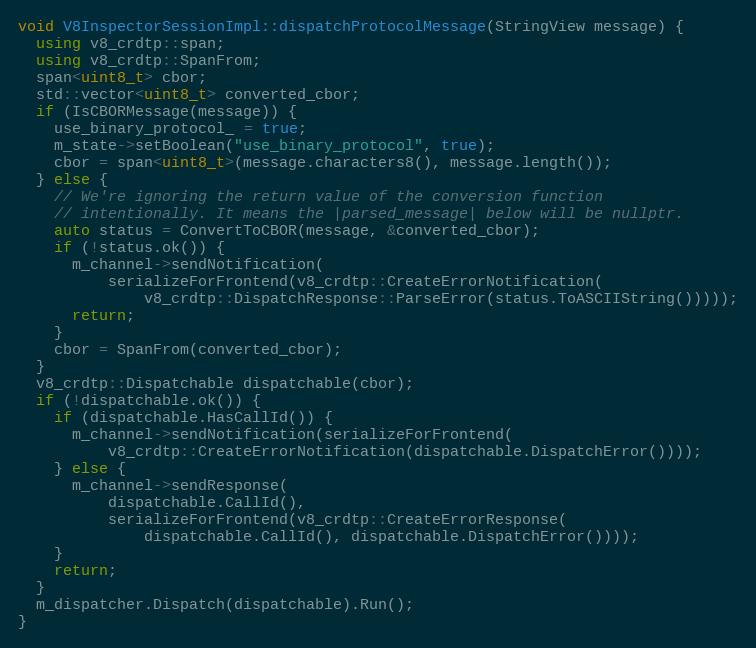
Language: C++
void V8InspectorSessionImpl::dispatchProtocolMessage(StringView message) {
  using v8_crdtp::span;
  using v8_crdtp::SpanFrom;
  span<uint8_t> cbor;
  std::vector<uint8_t> converted_cbor;
  if (IsCBORMessage(message)) {
    use_binary_protocol_ = true;
    m_state->setBoolean("use_binary_protocol", true);
    cbor = span<uint8_t>(message.characters8(), message.length());
  } else {
    // We're ignoring the return value of the conversion function
    // intentionally. It means the |parsed_message| below will be nullptr.
    auto status = ConvertToCBOR(message, &converted_cbor);
    if (!status.ok()) {
      m_channel->sendNotification(
          serializeForFrontend(v8_crdtp::CreateErrorNotification(
              v8_crdtp::DispatchResponse::ParseError(status.ToASCIIString()))));
      return;
    }
    cbor = SpanFrom(converted_cbor);
  }
  v8_crdtp::Dispatchable dispatchable(cbor);
  if (!dispatchable.ok()) {
    if (dispatchable.HasCallId()) {
      m_channel->sendNotification(serializeForFrontend(
          v8_crdtp::CreateErrorNotification(dispatchable.DispatchError())));
    } else {
      m_channel->sendResponse(
          dispatchable.CallId(),
          serializeForFrontend(v8_crdtp::CreateErrorResponse(
              dispatchable.CallId(), dispatchable.DispatchError())));
    }
    return;
  }
  m_dispatcher.Dispatch(dispatchable).Run();
}